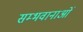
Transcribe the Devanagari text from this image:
सम्भवानाओं